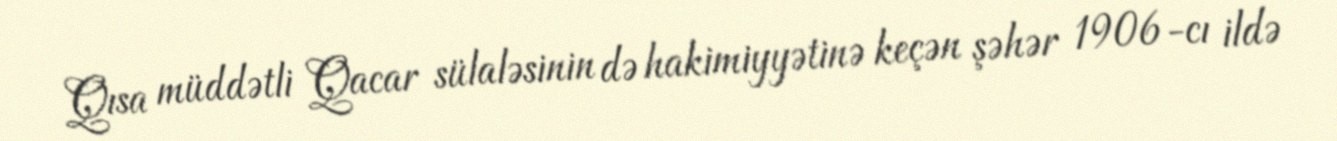
Qısa müddətli Qacar sülaləsinin də hakimiyyətinə keçən şəhər 1906-cı ildə